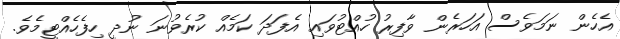
އެހެން ނަމަވެސް އަހަރެން ވާފިރު ހުއްޓުވައި އެފަދަ ކަމެއް ކުރެވުނަ ނުދީ ހިފެހެއްޓީމެވެ.